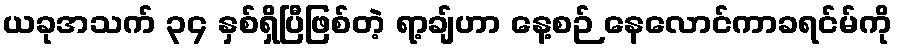
ယခုအသက် ၃၄ နှစ်ရှိပြီဖြစ်တဲ့ ရာ့ချ်ဟာ နေ့စဉ် နေလောင်ကာခရင်မ်ကို